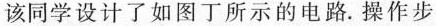
该同学设计了如图丁所示的电路.操作步